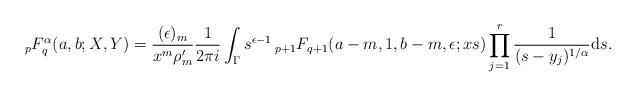
LaTeX: \begin{align*} \,_pF_q^\alpha (a,b; X, Y) = \frac{(\epsilon)_m}{x^m \rho_m'} \frac{1}{2 \pi i} \int_\Gamma s^{\epsilon -1} \,_{p+1}F_{q+1} (a-m,1,b-m,\epsilon; xs) \prod_{j=1}^r \frac{1}{(s-y_j)^{1/\alpha}} {\rm d}s.\end{align*}